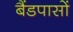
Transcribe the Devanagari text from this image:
बैंडपासों